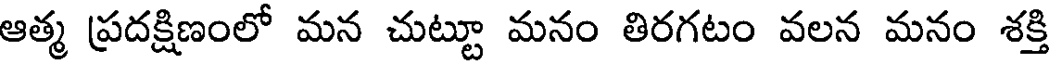
ఆత్మ ప్రదక్షిణంలో మన చుట్టూ మనం తిరగటం వలన మనం శక్తి